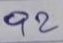
92